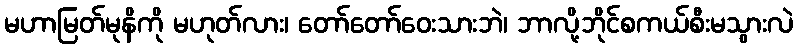
မဟာမြတ်မုနိကို မဟုတ်လား၊ တော်တော်ဝေးသားဘဲ၊ ဘာလို့ဘိုင်စကယ်စီးမသွားလဲ